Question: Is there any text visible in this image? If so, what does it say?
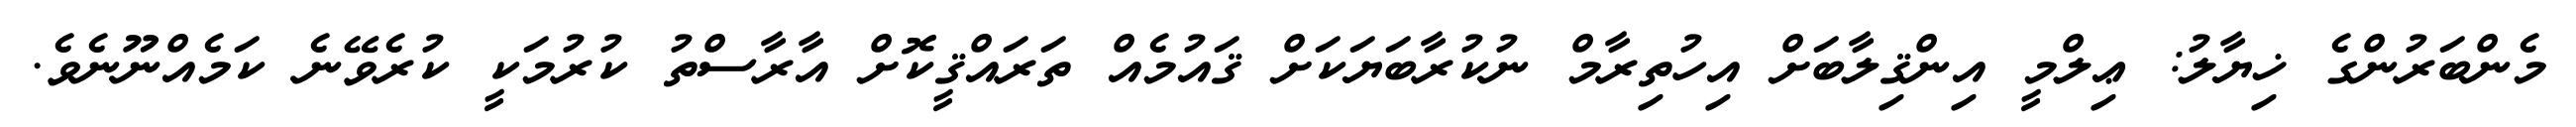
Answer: މެންބަރުންގެ ޚިޔާލު: ޢިލްމީ އިންޤިލާބަށް އިހުތިރާމް ނުކުރާބަޔަކަށް ޤައުމެއް ތަރައްޤީކޮށް އާރާސްތު ކުރުމަކީ ކުރެވޭނެ ކަމެއްނޫނެވެ.